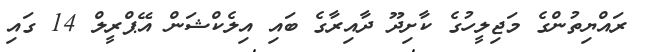
ރައްޔިތުންގެ މަޖިލީހުގެ ކާށިދޫ ދާއިރާގެ ބައި އިލެކްޝަން އޭޕްރީލް 14 ގައި